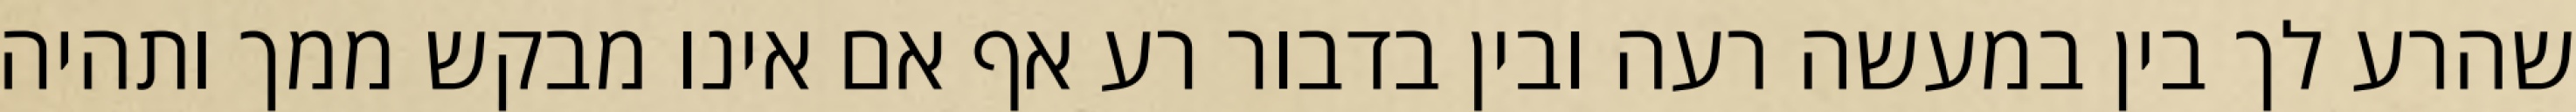
שהרע לך בין במעשה רעה ובין בדבור רע אף אם אינו מבקש ממך ותהיה